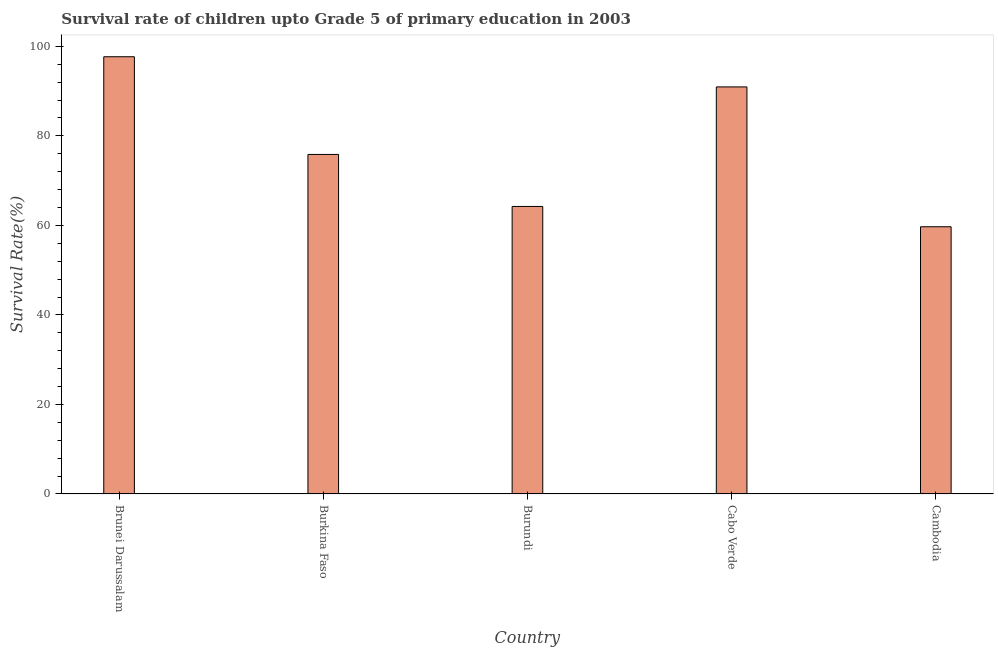
| Country | Survival rate |
 | --- | --- |
 | Brunei Darussalam | 97.7 |
 | Burkina Faso | 75.9 |
 | Burundi | 64.2 |
 | Cabo Verde | 90.9 |
 | Cambodia | 59.7 |